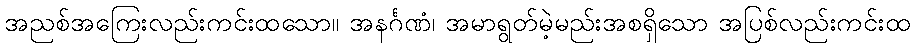
အညစ်အကြေးလည်းကင်းထသော။ အနင်္ဂဏံ၊ အမာရွတ်မဲ့မည်းအစရှိသော အပြစ်လည်းကင်းထ